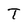
Character: T